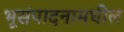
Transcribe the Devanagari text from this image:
भूसंपादनामधील